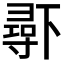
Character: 𱍧